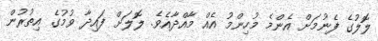
ލޮލުގެ ފެނުމަށް އެންމެ މުހިންމު އެއް މާއްދާއެވެ. ލޮލަށް ފައިދާ ވުމުގެ އިތުރުން